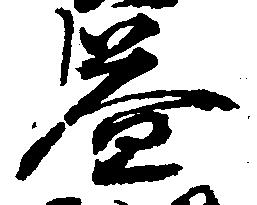
益